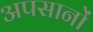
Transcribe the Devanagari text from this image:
अपसानों